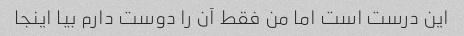
این درست است اما من فقط آن را دوست دارم بیا اینجا